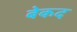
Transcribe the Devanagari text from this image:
बेकद